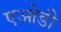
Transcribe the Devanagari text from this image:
एओडी